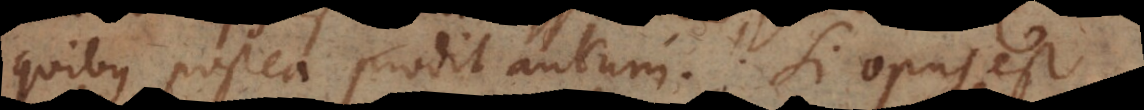
quibus postea prodit aurum. Si opus est